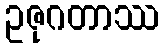
ဥဇုဂတာဿ